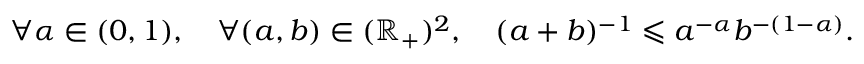
\forall \alpha \in ( 0 , 1 ) , \quad \forall ( a , b ) \in ( \mathbb { R } _ { + } ) ^ { 2 } , \quad ( a + b ) ^ { - 1 } \leqslant a ^ { - \alpha } b ^ { - ( 1 - \alpha ) } .